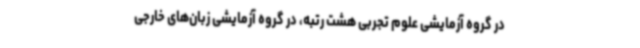
در گروه آزمایشی علوم تجربی هشت رتبه، در گروه آزمایشی زبان‌های خارجی